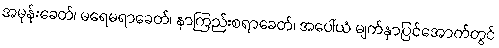
အမုန်းခေတ်၊ မရေမရာခေတ်၊ နာကြည်းစရာခေတ်၊ အပေါ်ယံ မျက်နှာပြင်အောက်တွင်